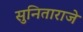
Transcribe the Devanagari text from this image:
सुनिताराजे